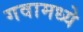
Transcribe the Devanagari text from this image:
गवामध्ये